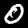
Label: 0